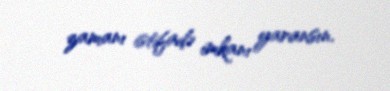
zamanı istifadə imkanı yaransın.